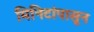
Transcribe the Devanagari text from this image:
मिनिटांपासून